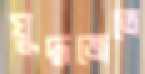
যুদ্ধজেতে